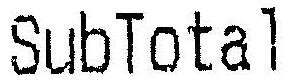
SUBTOTAL